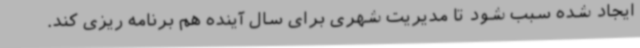
‌ایجاد شده سبب شود تا مدیریت شهری برای سال آینده هم برنامه ریزی کند.